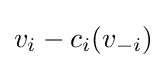
v_{i}-c_{i}(v_{-i})